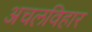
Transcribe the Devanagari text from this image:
अचलविहार